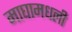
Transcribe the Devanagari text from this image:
माघामधली